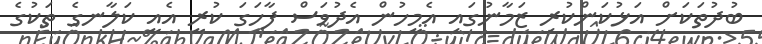
ބުދުތަކަށް އަޅުކަންކުރި ޒަމާނުގައި އެމީހުން އެދުވަސް ފާހަގަ ކުރީ އެއީ ކަލާނގެ ތަކުގެ